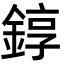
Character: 錞